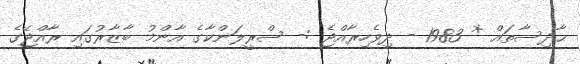
ޙާދިސާތައް * 1983 - ދިވެހިރާއްޖެ :- ސްރީލަންކާގެ އާންމު ބާޒާރުގައި ރާއްޖޭގެ